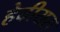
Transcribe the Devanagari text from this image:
हेबीयस